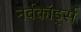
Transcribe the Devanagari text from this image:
नर्वकॉर्ड्स